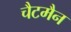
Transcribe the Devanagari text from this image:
चैटमैन